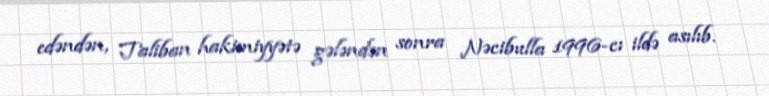
edəndən, Taliban hakimiyyətə gələndən sonra Nəcibulla 1996-cı ildə asılıb.